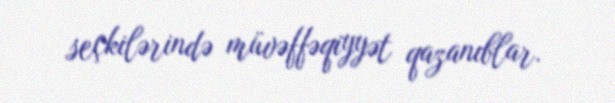
seçkilərində müvəffəqiyyət qazanıblar.